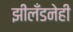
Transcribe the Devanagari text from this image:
झीलँडनेही